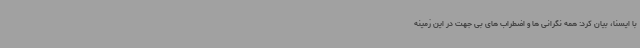
با ایسنا، بیان کرد: همه نگرانی ها و اضطراب های بی جهت در این زمینه